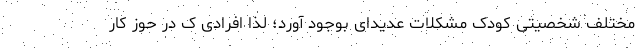
مختلف شخصیتی کودک مشکلات عدیدای بوجود آورد؛ لذا افرادی ک در حوز کار